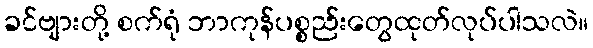
ခင်ဗျားတို့ စက်ရုံ ဘာကုန်ပစ္စည်းတွေထုတ်လုပ်ပါသလဲ။